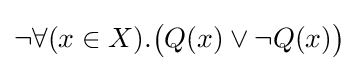
\neg \forall (x\in X).{\big (}Q(x)\lor \neg Q(x){\big )}